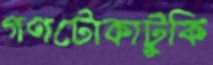
গণটোকাটুকি